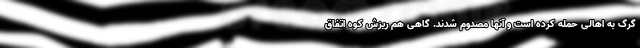
گرگ به اهالی حمله کرده است و آنها مصدوم شدند. گاهی هم ریزش کوه اتفاق